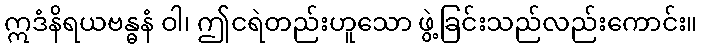
ဣဒံနိရယဗန္ဓနံ ဝါ၊ ဤငရဲတည်းဟူသော ဖွဲ့ခြင်းသည်လည်းကောင်း။